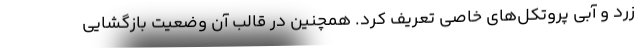
زرد و آبی پروتکل‌های خاصی تعریف کرد. همچنین در قالب آن وضعیت بازگشایی